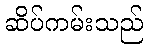
ဆိပ်ကမ်းသည်